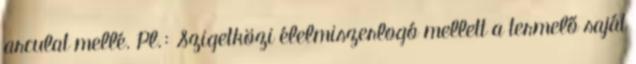
arculat mellé. Pl.: Szigetközi élelmiszerlogó mellett a termelő saját